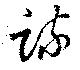
疏